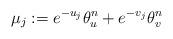
LaTeX: \begin{align*} \mu_j:= e^{-u_j} \theta_u^n + e^{-v_j} \theta_v^n \end{align*}